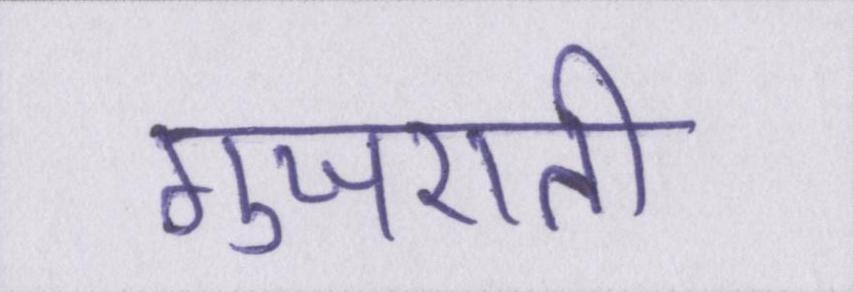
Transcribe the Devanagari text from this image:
गुजराती